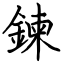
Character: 鍊